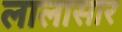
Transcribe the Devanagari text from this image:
लालासार